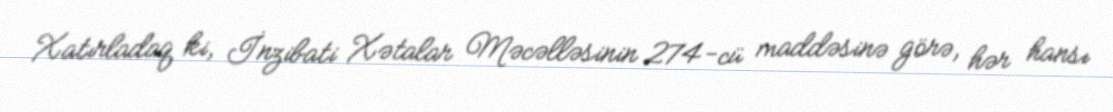
Xatırladaq ki, İnzibati Xətalar Məcəlləsinin 274-cü maddəsinə görə, hər hansı